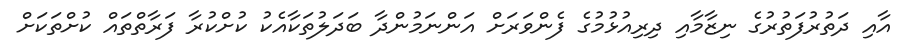
އާއި ދަތުރުފަތުރުގެ ނިޒާމާއި ދިރިއުޅުމުގެ ފެންވަރަށް އަންނަމުންދާ ބަދަލުތަކާއެކު ކުށްކުރާ ފަރާތްތައް ކުށްތަކަށް